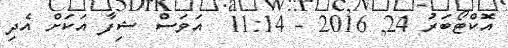
އޮކްޓޯބަރު 24